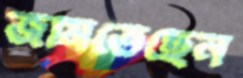
জমিতেছেন